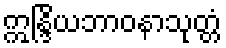
ဣန္ဒြိယဘာဝနာသုတ္တံ